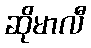
ဆိုမာလီ